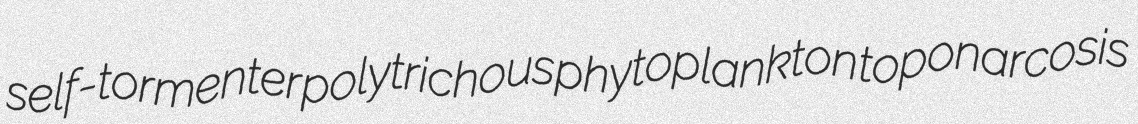
self-tormenter polytrichous phytoplankton toponarcosis